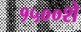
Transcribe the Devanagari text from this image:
१५००शे